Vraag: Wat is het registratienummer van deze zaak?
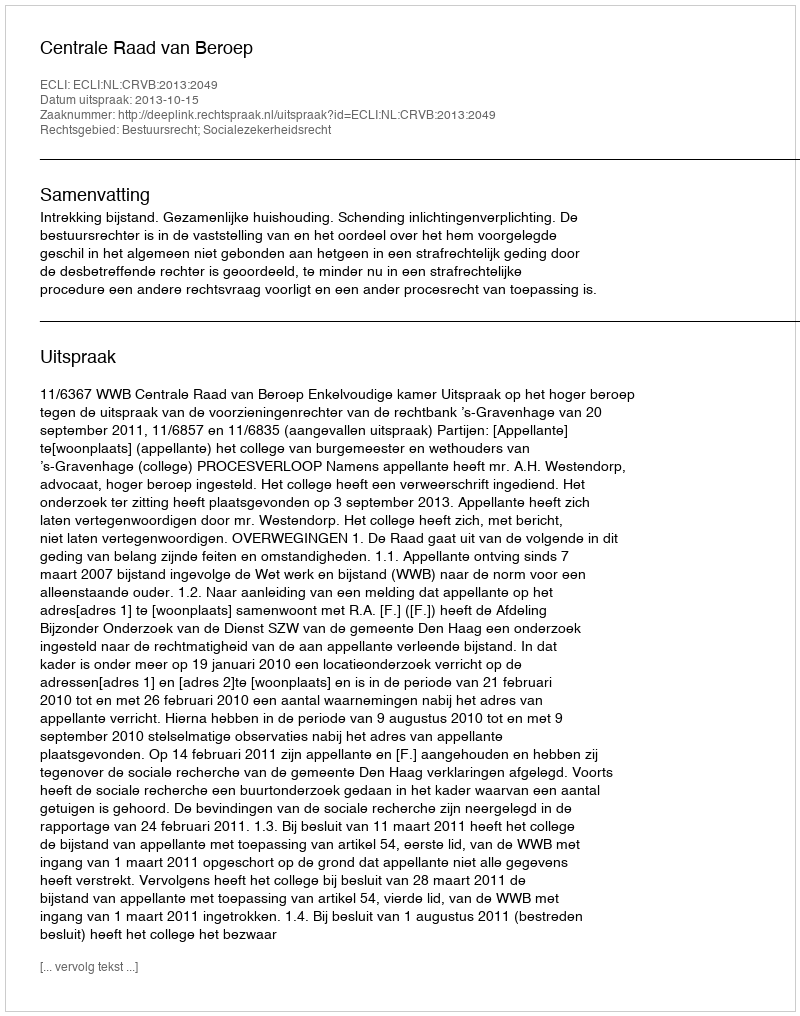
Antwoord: http://deeplink.rechtspraak.nl/uitspraak?id=ECLI:NL:CRVB:2013:2049